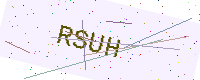
Text: RSUH